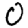
Digit: 0